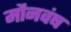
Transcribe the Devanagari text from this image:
मौनवंष